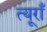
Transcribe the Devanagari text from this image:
त्यूराँ